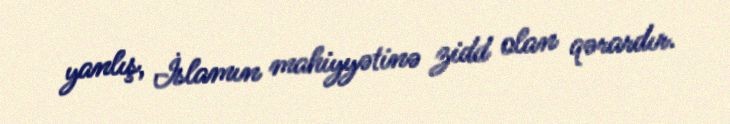
yanlış, İslamın mahiyyətinə zidd olan qərardır.